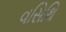
વસિથિ